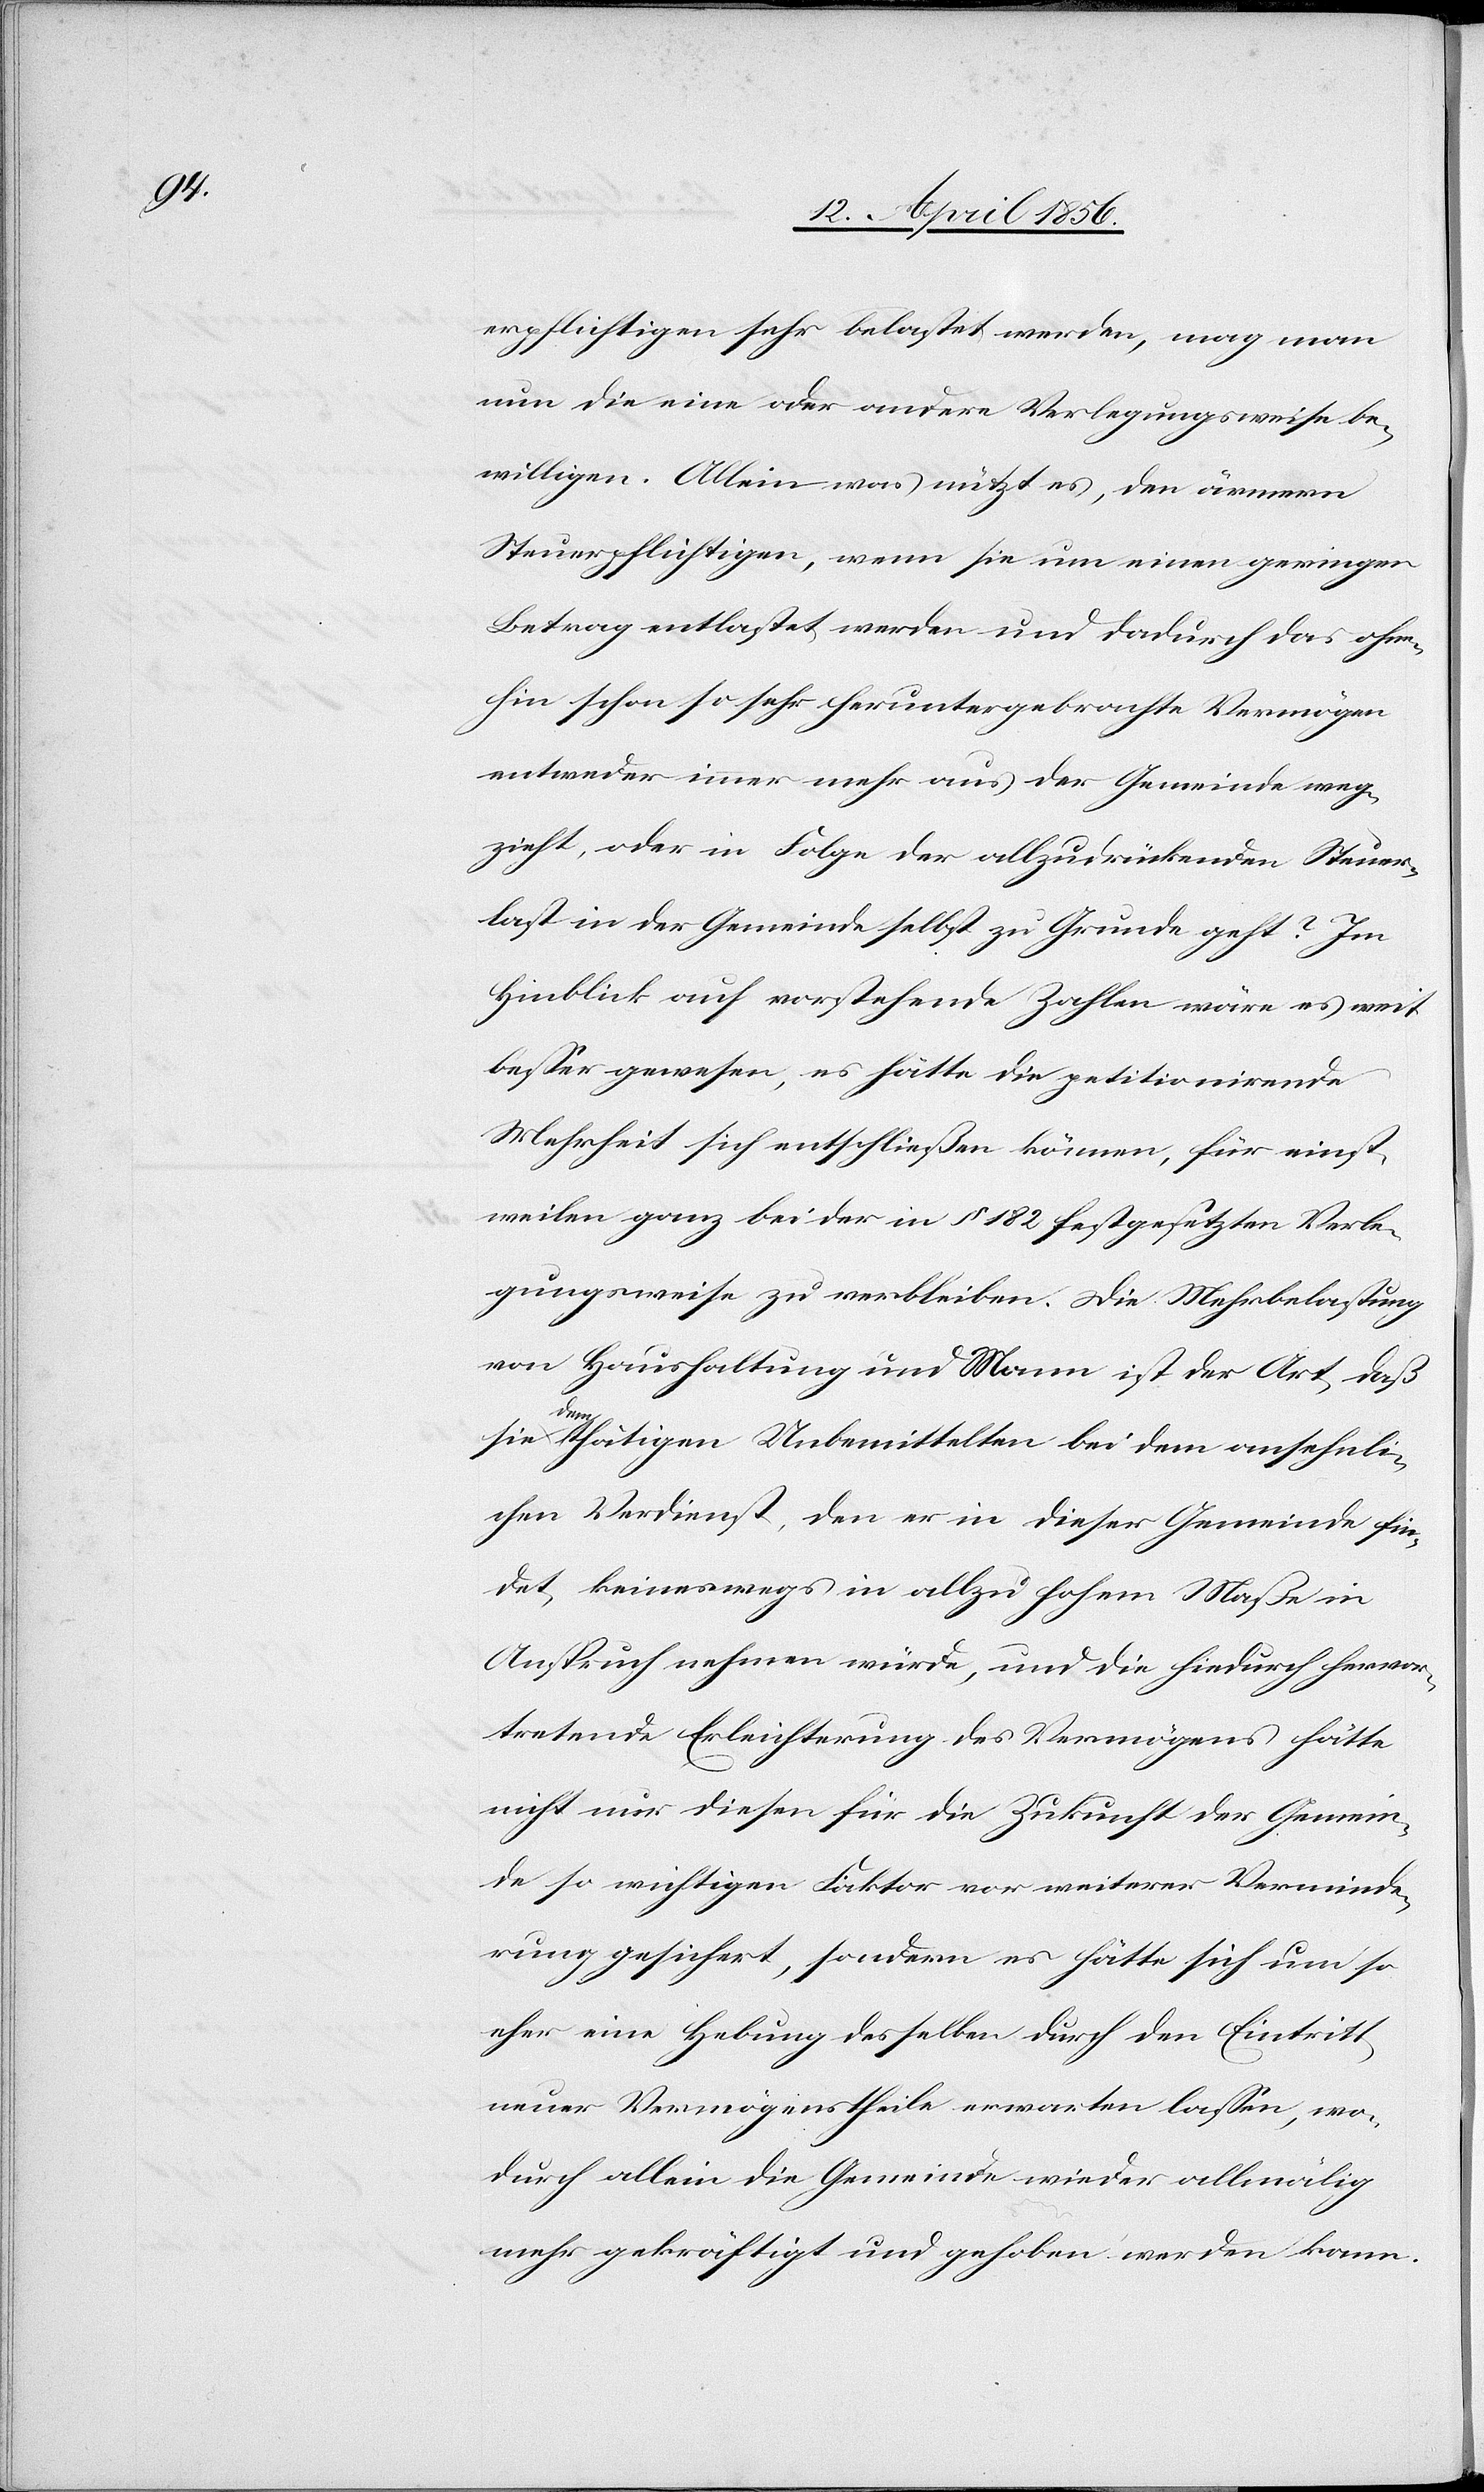
erpflichtigen sehr belastet werden, mag man
nun die eine oder andere Verlegungsweise be¬
willigen. Allein was nützt es, den ärmern
Steuerpflichtigen, wenn sie um einen geringen
Betrag entlastet werden und dadurch das ohne¬
hin schon so sehr heruntergebrachte Vermögen
entweder immer mehr aus der Gemeinde weg¬
zieht, oder in Folge der allzudrückenden Steuer¬
last in der Gemeinde selbst zu Grunde geht? Im
Hinblick auf vorstehende Zahlen wäre es weit
besser gewesen, es hätte die petitionirende
Mehrheit sich entschließen können, für einst¬
weilen ganz bei der in § 182 festgesetzten Verle¬
gungsweise zu verbleiben. Die Mehrbelastung
von Haushaltung und Mann ist der Art, daß
ie
thätigen Unbemittelten bei dem ansehnli¬
chen Verdienst, den er in dieser Gemeinde fin¬
det, keineswegs in allzu hohem Maße in
Anspruch nehmen würde, und die hiedurch hervor¬
tretende Erleichterung des Vermögens hätte
nicht nur diesen für die Zukunft der Gemein¬
de so wichtigen Faktor vor weiterer Verminde¬
rung gesichert, sondern es hätte sich um so
eher eine Hebung desselben durch den Eintritt
neuer Vermögenstheile erwarten lassen, wo¬
durch allein die Gemeinde wieder allmälig
mehr gekräftigt und gehoben werden kann.